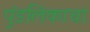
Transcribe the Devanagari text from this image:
पुंडलिकाचा